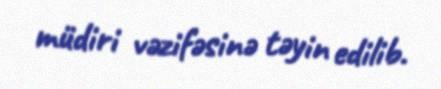
müdiri vəzifəsinə təyin edilib.